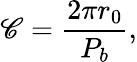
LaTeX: \mathscr{C}=\frac{2\pi r_{0}}{P_{b}},